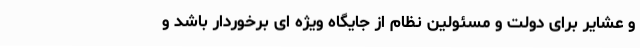
و عشایر برای دولت و مسئولین نظام از جایگاه ویژه ای برخوردار باشد و